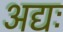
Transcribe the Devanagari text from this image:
अद्यः